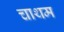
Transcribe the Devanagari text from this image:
चाथम